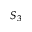
S _ { 3 }